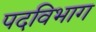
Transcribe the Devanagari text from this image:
पदविभाग